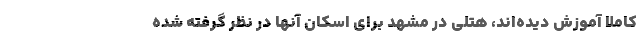
کاملاً آموزش دیده‌اند، هتلی در مشهد برای اسکان آنها در نظر گرفته شده